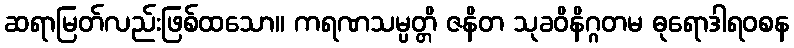
ဆရာမြတ်လည်းဖြစ်ထသော။ ကရဏသမ္ပတ္တိ ဇနိတ သုခဝိနိဂ္ဂတမ ဓုရောဒါရဝစန